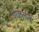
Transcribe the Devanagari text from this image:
पाळलेला